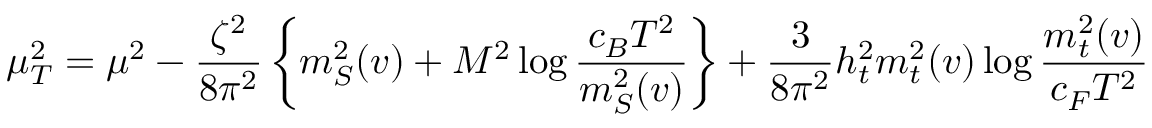
\mu _ { T } ^ { 2 } = \mu ^ { 2 } - \frac { \zeta ^ { 2 } } { 8 \pi ^ { 2 } } \left\{ m _ { S } ^ { 2 } ( v ) + M ^ { 2 } \log \frac { c _ { B } T ^ { 2 } } { m _ { S } ^ { 2 } ( v ) } \right\} + \frac { 3 } { 8 \pi ^ { 2 } } h _ { t } ^ { 2 } m _ { t } ^ { 2 } ( v ) \log \frac { m _ { t } ^ { 2 } ( v ) } { c _ { F } T ^ { 2 } }